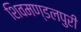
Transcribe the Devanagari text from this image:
शिवमण्डलपुरी